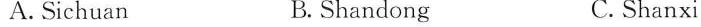
A. Sichuan B. Shandong C.Shanxi